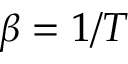
\beta = 1 / T